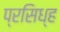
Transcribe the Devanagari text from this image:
प्रसिध्ह